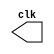
// ------------------------- 
// Exemplo0045  CLOCK
// Nome: Julio Machado	 
// ------------------------- 

// --------------------------- 
// -- test clock generator (1) 
// --------------------------- 
 
module clock ( clk ); 
 output clk; 
 reg      clk; 
 
 initial 
  begin 
   clk = 1'b0; 
  end 
 
 always 
  begin 
   #4 clk = ~clk; 
  end 
 
endmodule // clock ( ) 
 
module Exemplo0045; 
 
 wire  clk; 
 clock CLK1 ( clk ); 
 
 initial begin 
  $dumpfile ( "D:\Meus Documentos\Desktop\Guias\Guia 06\Exemplo0045.vcd" ); 
  $dumpvars; 
 
  #120 $finish; 
 end 
 
endmodule // Exemplo045 ( )